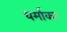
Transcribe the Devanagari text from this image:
धर्माकर